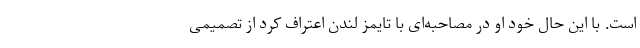
است. با این حال خود او در مصاحبه‌ای با تایمز لندن اعتراف کرد از تصمیمی